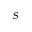
s